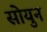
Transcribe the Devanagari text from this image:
सोयुन